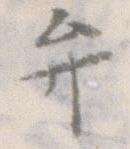
弁